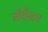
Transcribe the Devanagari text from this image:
मँचेंस्टर